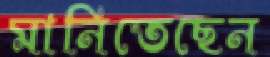
মানিতেছেন